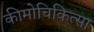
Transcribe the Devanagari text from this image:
कीमोचिकित्सा